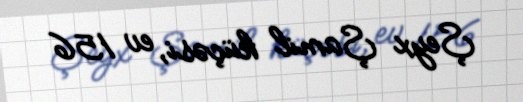
Şeyx Şamil küçəsi, ev 156